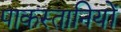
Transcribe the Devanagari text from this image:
पाकस्तानियों